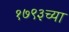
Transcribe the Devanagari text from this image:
१७९३च्या